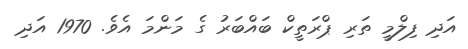
އަދި ފިލްމީ ތަރި ޕްރަތީކް ބައްބަރު ގެ މަންމަ އެވެ. 1970 އަދި